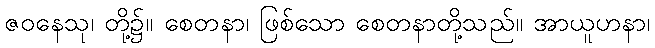
ဇဝနေသု၊ တို့၌။ စေတနာ၊ ဖြစ်သော စေတနာတို့သည်။ အာယူဟနာ၊